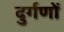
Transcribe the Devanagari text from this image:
दुर्गणों